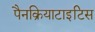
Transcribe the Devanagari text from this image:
पैनक्रियाटाइटिस